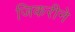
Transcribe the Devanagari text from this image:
जिकरीने